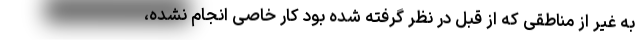
به غیر از مناطقی که از قبل در نظر گرفته شده بود کار خاصی انجام نشده،